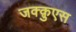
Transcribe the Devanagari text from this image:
जक्क़ुएस